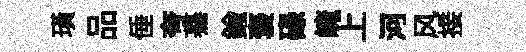
璜品倕夸驀鍮褒碌崦上河风接